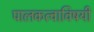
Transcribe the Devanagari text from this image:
पालकत्वाविषयी